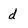
Character: d